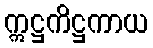
ဣဋ္ဌကိဋ္ဌကာယ